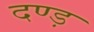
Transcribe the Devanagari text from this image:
दण्ड़